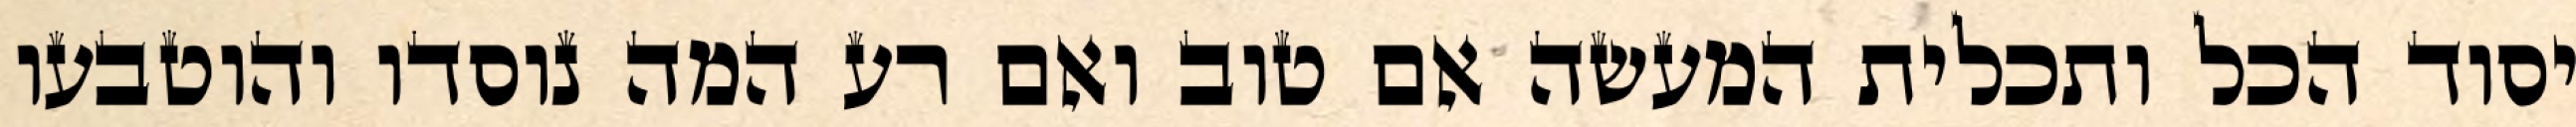
יסוד הכל ותכלית המעשה אם טוב ואם רע המה נוסדו והוטבעו